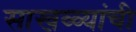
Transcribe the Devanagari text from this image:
साखळ्यांची